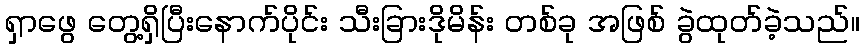
ရှာဖွေ တွေ့ရှိပြီးနောက်ပိုင်း သီးခြားဒိုမိန်း တစ်ခု အဖြစ် ခွဲထုတ်ခဲ့သည်။